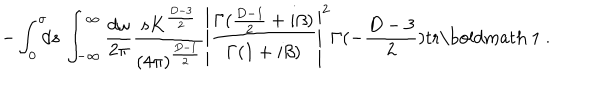
LaTeX: - \int _ { 0 } ^ { \sigma } \! \! \! d s \, \int _ { - \infty } ^ { \infty } \frac { d \omega } { 2 \pi } \frac { s K ^ { \frac { D - 3 } { 2 } } } { ( 4 \pi ) ^ { \frac { D - 1 } { 2 } } } \left| \frac { \Gamma ( \frac { D - 1 } { 2 } + i \beta ) } { \Gamma ( 1 + i \beta ) } \right| ^ { 2 } \Gamma ( - \frac { D - 3 } { 2 } ) \mathrm { t r } \mathrm { \boldmath ~ 1 ~ } .